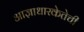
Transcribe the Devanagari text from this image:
आज्ञाधारकेतेची